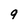
Character: 9